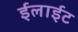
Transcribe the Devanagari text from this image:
ईलाईट